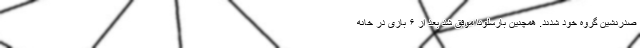
صدرنشین گروه خود شدند. همچنین بارسلونا موفق شد بعد از ۶ بازی در خانه